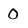
Character: 0